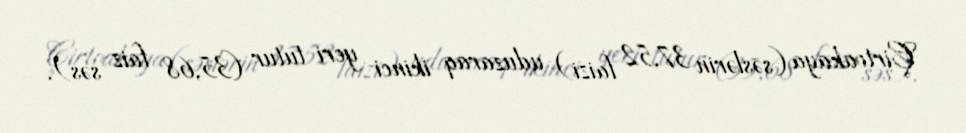
Çirtoakaya (səslərin 37,52 faizi) uduzaraq ikinci yeri tutur (35,68 faiz səs).